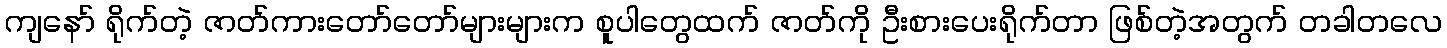
ကျနော် ရိုက်တဲ့ ဇာတ်ကားတော်တော်များများက စူပါတွေထက် ဇာတ်ကို ဦးစားပေးရိုက်တာ ဖြစ်တဲ့အတွက် တခါတလေ